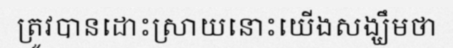
ត្រូវបានដោះស្រាយនោះយើងសង្ឃឹមថា